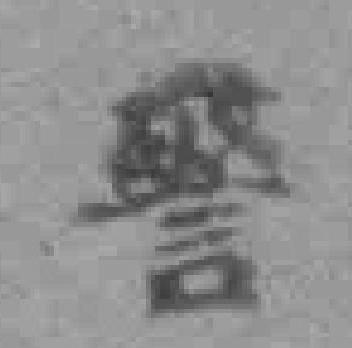
警